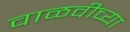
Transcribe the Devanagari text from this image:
वाळवीच्या